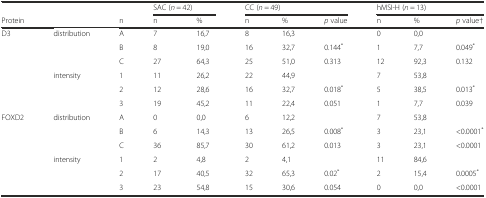
<table><thead><tr><td></td><td></td><td></td><td colspan="2"><b>SAC (<i>n</i> = 42)</b></td><td colspan="3"><b>CC (<i>n</i> = 49)</b></td><td colspan="3"><b>hMSI-H (<i>n</i> = 13)</b></td></tr><tr><td><b>Protein</b></td><td></td><td><b>n</b></td><td><b>n</b></td><td><b>%</b></td><td><b>n</b></td><td><b>%</b></td><td><b><i>p</i> value</b></td><td><b>n</b></td><td><b>%</b></td><td><b><i>p</i> value†</b></td></tr></thead><tbody><tr><td>D3</td><td>distribution</td><td>A</td><td>7</td><td>16,7</td><td>8</td><td>16,3</td><td></td><td>0</td><td>0,0</td><td></td></tr><tr><td></td><td></td><td>B</td><td>8</td><td>19,0</td><td>16</td><td>32,7</td><td>0.144<sup>*</sup></td><td>1</td><td>7,7</td><td>0.049<sup>*</sup></td></tr><tr><td></td><td></td><td>C</td><td>27</td><td>64,3</td><td>25</td><td>51,0</td><td>0.313</td><td>12</td><td>92,3</td><td>0.132</td></tr><tr><td></td><td>intensity</td><td>1</td><td>11</td><td>26,2</td><td>22</td><td>44,9</td><td></td><td>7</td><td>53,8</td><td></td></tr><tr><td></td><td></td><td>2</td><td>12</td><td>28,6</td><td>16</td><td>32,7</td><td>0.018<sup>*</sup></td><td>5</td><td>38,5</td><td>0.013<sup>*</sup></td></tr><tr><td></td><td></td><td>3</td><td>19</td><td>45,2</td><td>11</td><td>22,4</td><td>0.051</td><td>1</td><td>7,7</td><td>0.039</td></tr><tr><td>FOXD2</td><td>distribution</td><td>A</td><td>0</td><td>0,0</td><td>6</td><td>12,2</td><td></td><td>7</td><td>53,8</td><td></td></tr><tr><td></td><td></td><td>B</td><td>6</td><td>14,3</td><td>13</td><td>26,5</td><td>0.008<sup>*</sup></td><td>3</td><td>23,1</td><td>&lt;0.0001<sup>*</sup></td></tr><tr><td></td><td></td><td>C</td><td>36</td><td>85,7</td><td>30</td><td>61,2</td><td>0.013</td><td>3</td><td>23,1</td><td>&lt;0.0001</td></tr><tr><td></td><td>intensity</td><td>1</td><td>2</td><td>4,8</td><td>2</td><td>4,1</td><td></td><td>11</td><td>84,6</td><td></td></tr><tr><td></td><td></td><td>2</td><td>17</td><td>40,5</td><td>32</td><td>65,3</td><td>0.02<sup>*</sup></td><td>2</td><td>15,4</td><td>0.0005<sup>*</sup></td></tr><tr><td></td><td></td><td>3</td><td>23</td><td>54,8</td><td>15</td><td>30,6</td><td>0.054</td><td>0</td><td>0,0</td><td>&lt;0.0001</td></tr></tbody></table>